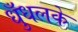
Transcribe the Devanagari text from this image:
धुँधलके